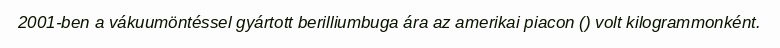
2001-ben a vákuumöntéssel gyártott berilliumbuga ára az amerikai piacon () volt kilogrammonként.